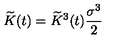
\widetilde { K } ( t ) = \widetilde { K } ^ { 3 } ( t ) \frac { \sigma ^ { 3 } } { 2 }